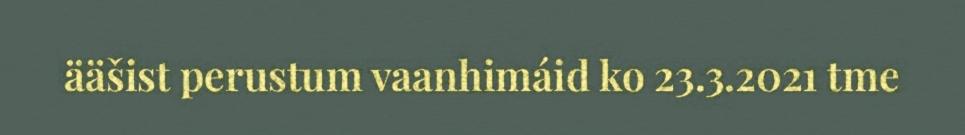
ääšist perustum vaanhimáid ko 23.3.2021 tme